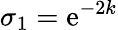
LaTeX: \sigma_{1}=\mathrm{e}^{-2k}